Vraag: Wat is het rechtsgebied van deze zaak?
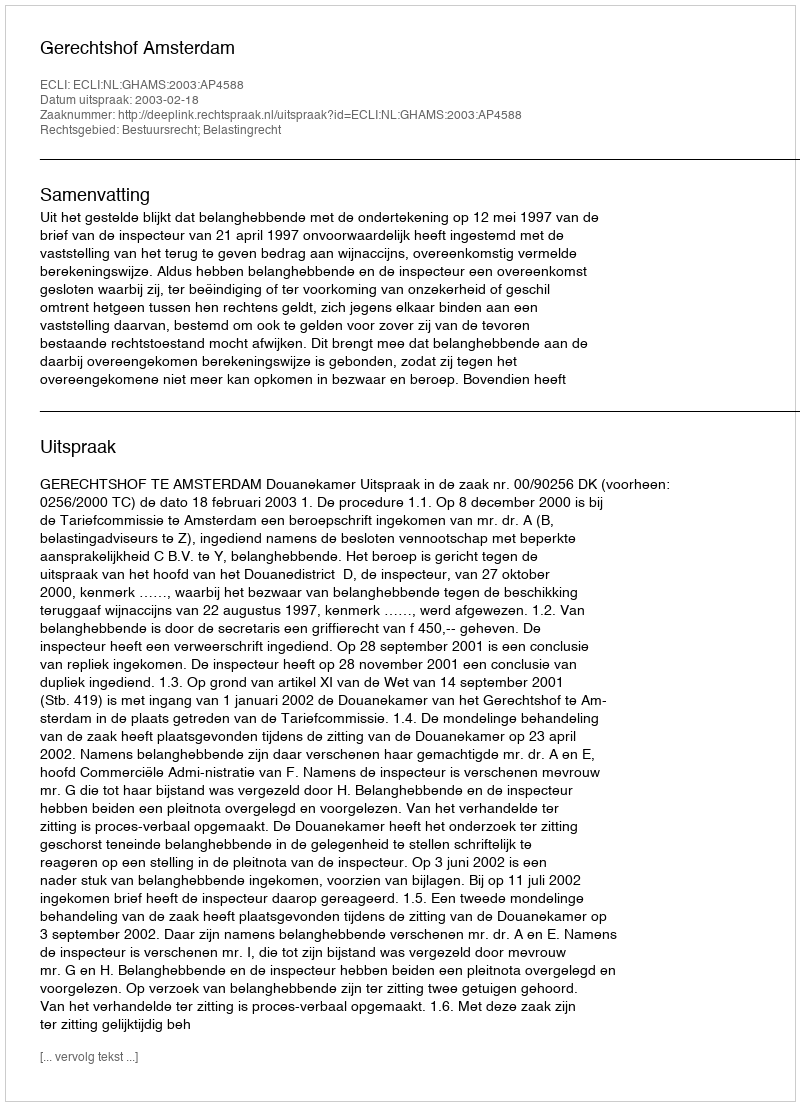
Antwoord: Bestuursrecht; Belastingrecht